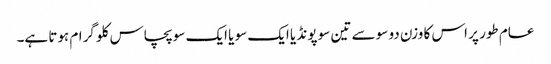
عام طور پر اس کا وزن دو سو سے تین سو پونڈ یا ایک سو یا ایک سو پچاس کلو گرام ہوتا ہے۔